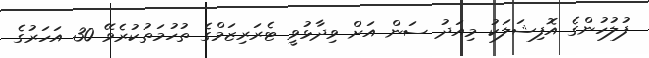
ފުލުހުންގެ އޮފިޝަލަކު މިއަދު ސަން އަށް ވިދާޅުވީ ޓެރަރިޒަމްގެ ތުހުމަތުކުރެވޭ 30 އަހަރުގެ